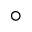
^ \circ